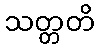
သတ္တတိ